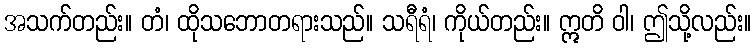
အသက်တည်း။ တံ၊ ထိုသဘောတရားသည်။ သရီရံ၊ ကိုယ်တည်း။ ဣတိ ဝါ၊ ဤသို့လည်း။